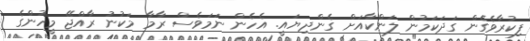
ފިކުރާވެގެން ގަދަކަމުން ލަންކާއަށް ގެންދިޔައީ. އެހެން ނަމަވެސް ރާމާ މަކުނު ރާއްޖޭ މީހުންގެ